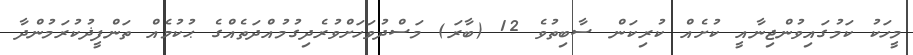
މީހަކު ކަމުގައިވުންޖިނާއީ ކުށެއް ކުރިކަން ސާބިތުވެ 12 (ބާރަ) މަސްދުވަހަށްވުރެދިގުމުއްދަތެއްގެ ޙުކުމެއް ތަންފީޛުކުރަމުންދާ